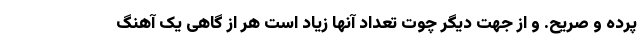
پرده و صریح. و از جهت دیگر چوت تعداد آنها زیاد است هر از گاهی یک آهنگ